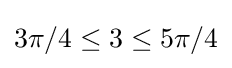
3\pi /4\leq 3\leq 5\pi /4